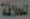
للعلامة